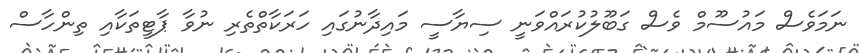
ނަމަވެސް މައުސޫމް ވެސް ގަބޫލުކުރައްވަނީ ސިޔާސީ މައިދާނުގައި ހަރަކާތްތެރި ނުވާ ޕާޓީތަކާއި ތިންހާސް